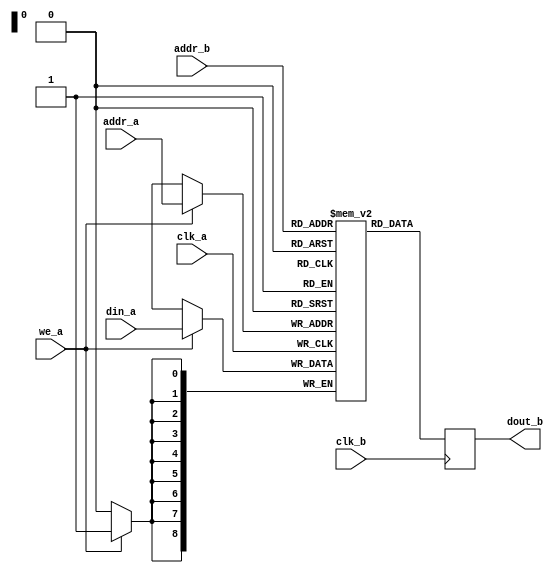
// dualport_par.v
// EP (C) 2019-11-02
// Simple dual port memory with separate read and write ports and configurable depth and width.
// For example a simple 1K 8-bit wide RAM:
//  dualport_par #(8, 10) ram1k (...)
//
module dualport_par
#(parameter WIDTH=9,  // 9 bits of data width
  parameter DEPTH=9)  // 9 bits of address
(
  // Port A
  input            clk_a,
  input            we_a,
  input [DEPTH-1:0] addr_a,
  input [WIDTH-1:0] din_a,
  // Port B
  input            clk_b,
  input [DEPTH-1:0]      addr_b,
  output reg [WIDTH-1:0] dout_b            
);

  parameter RAM_RANGE = 1 << DEPTH;
   reg [WIDTH-1:0] ram [0:RAM_RANGE-1];

   always @(posedge clk_a)
     begin
        if (we_a)
          ram[addr_a] <= din_a;
     end

   always @(posedge clk_b)
     begin
        dout_b <= ram[addr_b];
     end
   
endmodule